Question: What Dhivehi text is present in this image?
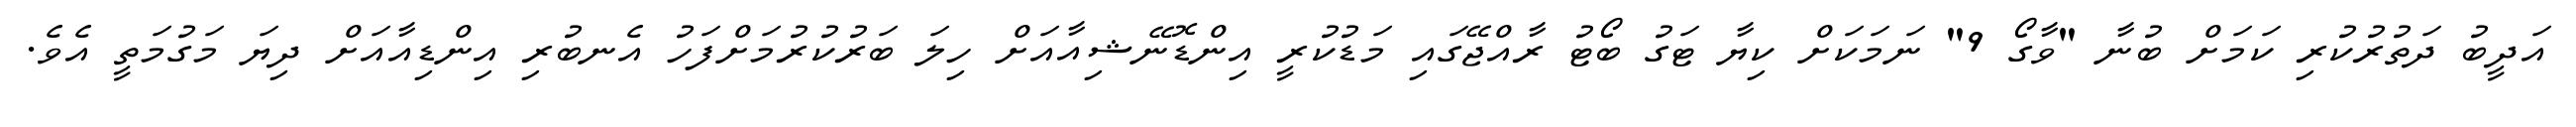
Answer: އަދީބު ދަތުރުކުރި ކަމަށް ބުނާ "ވާގޯ 9" ނަމަކަށް ކިޔާ ޓަގު ބޯޓު ރާއްޖޭގައި މަޑުކުރީ އިންޑޮނޭޝިއާއަށް ހިލަ ބަރުކުރުމަށްފަހު އެނބުރި އިންޑިއާއަށް ދިޔަ މަގުމަތީ އެވެ.